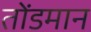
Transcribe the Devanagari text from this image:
तोंडमान